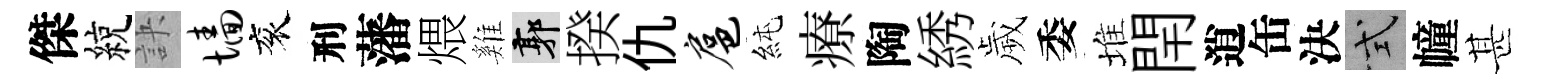
傑綂訣墙衮刑藩煨雞郭揆仇扈純療陶綉歲委堆閈逍缶決式幢甚